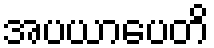
အပယာပေတိ